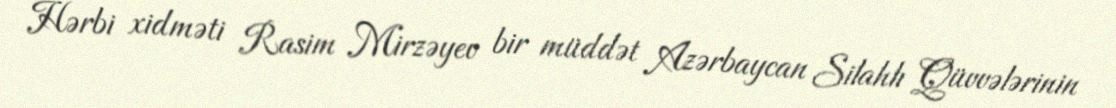
Hərbi xidməti Rasim Mirzəyev bir müddət Azərbaycan Silahlı Qüvvələrinin